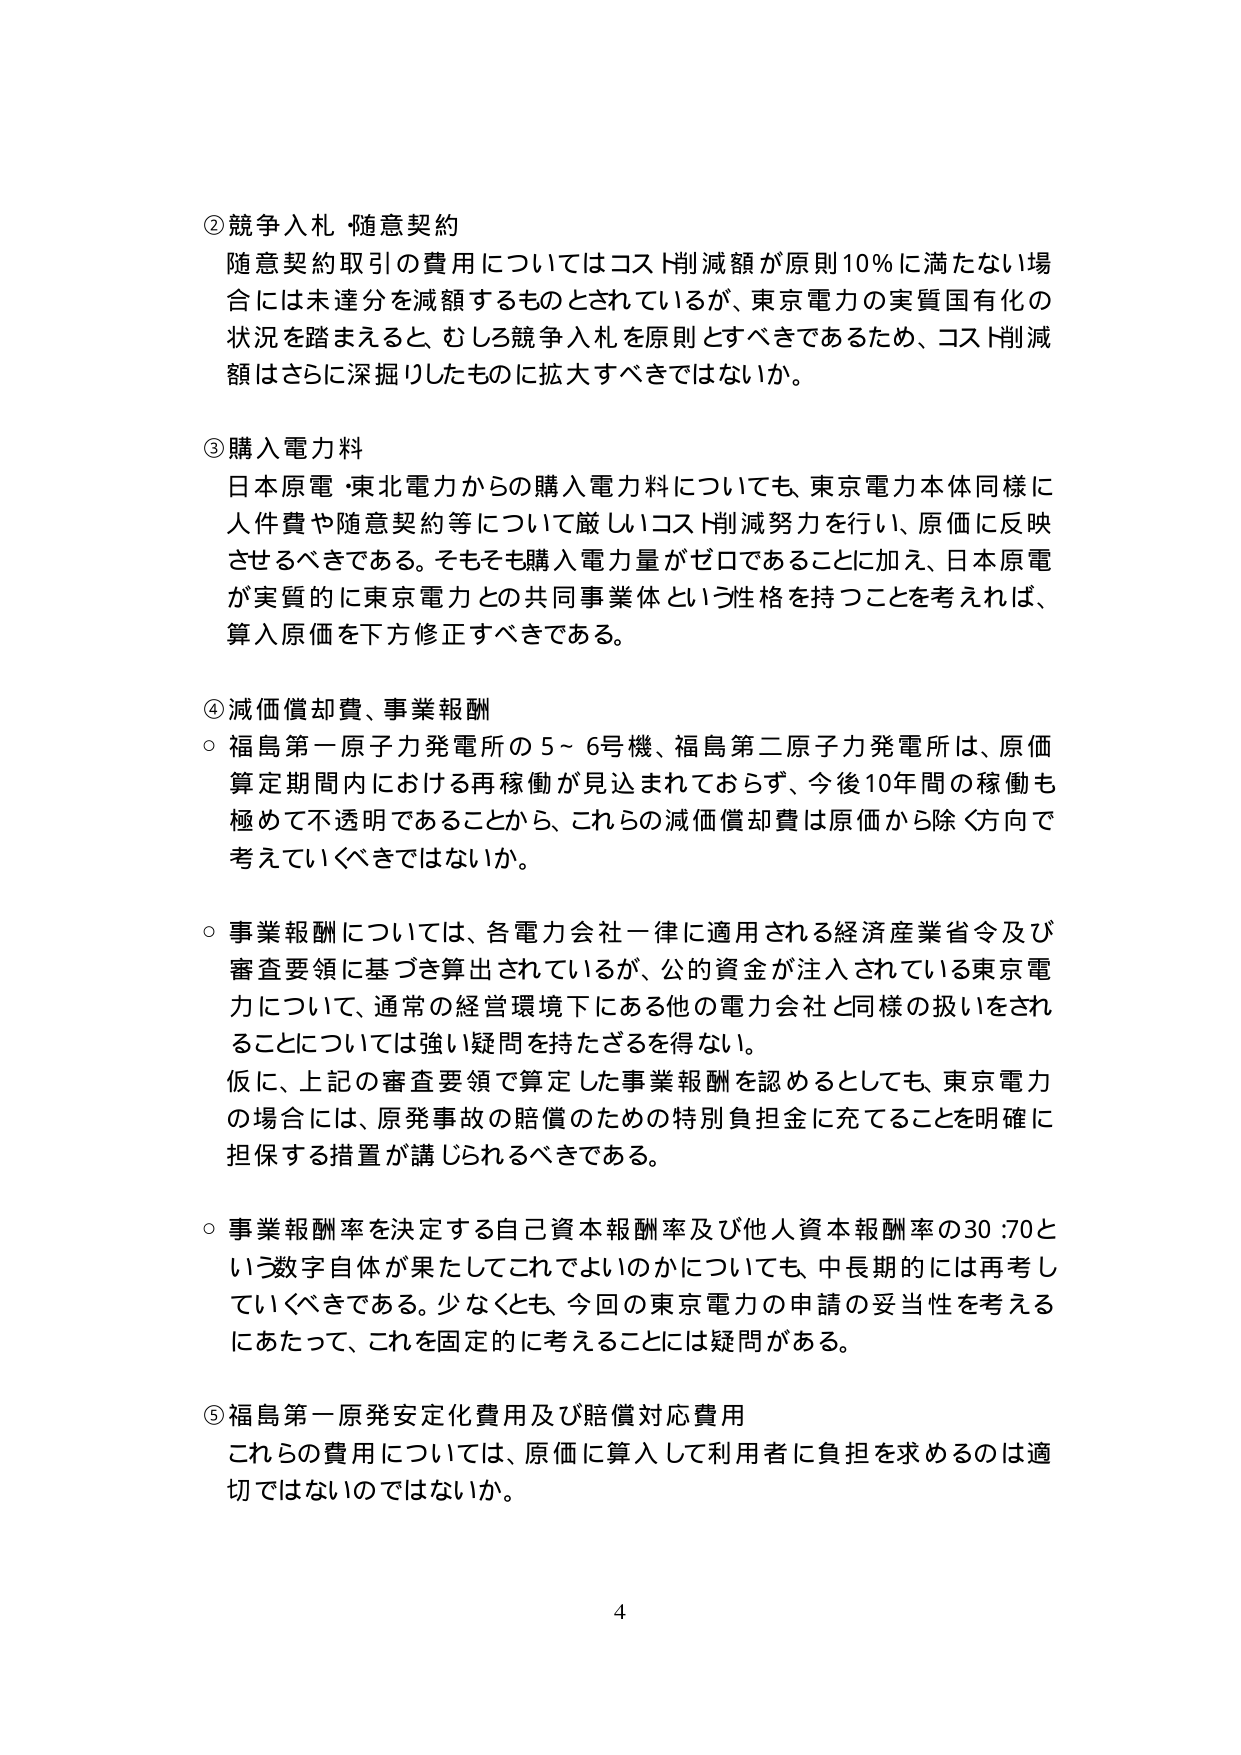
②競争入札 随意契約
随意契約取引の費用についてはコスト削減額が原則10％に満たない場合には未達分を減額するものとされているが、東京電力の実質国有化の状況を踏まえると、むしろ競争入札を原則とすべきであるため、コスト削減額はさらに深掘りしたものに拡大すべきではないか。

③購入電力料
日本原電・東北電力からの購入電力料についても、東京電力本体同様に人件費や随意契約等について厳しいコスト削減努力を行い、原価に反映させるべきである。そもそも購入電力量がゼロであることに加え、日本原電が実質的に東京電力との共同事業体という性格を持つことを考えれば、算入原価を下方修正すべきである。

④減価償却費、事業報酬
○福島第一原子力発電所の5～6号機、福島第二原子力発電所は、原価算定期間内における再稼働が見込まれておらず、今後10年間の稼働も極めて不透明であることから、これらの減価償却費は原価から除く方向で考えていくべきではないか。

○事業報酬については、各電力会社一律に適用される経済産業省令及び審査要領に基づき算出されているが、公的資金が注入されている東京電力について、通常の経営環境下にある他の電力会社と同様の扱いをされることについては強い疑問を持たざるを得ない。
仮に、上記の審査要領で算定した事業報酬を認めるとしても、東京電力の場合には、原発事故の賠償のための特別負担金に充てることを明確に担保する措置が講じられるべきである。

○事業報酬率を決定する自己資本報酬率及び他人資本報酬率の30:70という数字自体が果たしてこれでよいのかについても、中長期的には再考していくべきである。少なくとも、今回の東京電力の申請の妥当性を考えるにあたって、これを固定的に考えることには疑問がある。

⑤福島第一原発安定化費用及び賠償対応費用
これらの費用については、原価に算入して利用者に負担を求めるのは適切ではないのではないか。

4